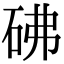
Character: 砩